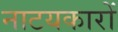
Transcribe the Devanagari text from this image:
नाटयकारों